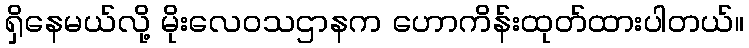
ရှိနေမယ်လို့ မိုးလေဝသဌာနက ဟောကိန်းထုတ်ထားပါတယ်။